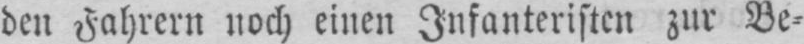
den Fahrern noch einen Infanteristen zur Be⸗